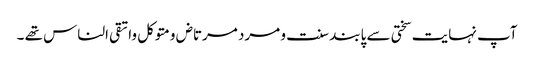
آپ نہایت سختی سے پابند سنت و مرد مرتاض ومتوکل واتقی الناس تھے ۔